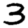
Digit: 3